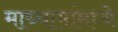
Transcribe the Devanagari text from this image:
माध्यामांमध्ये